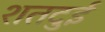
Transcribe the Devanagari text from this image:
शतदुई